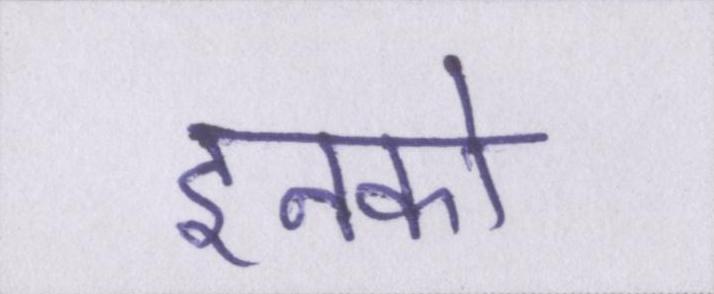
इनको